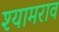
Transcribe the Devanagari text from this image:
श्‍यामराव